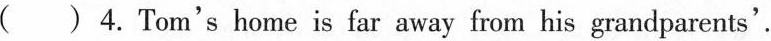
( )4. Tom's home is far away from his grandparents'.